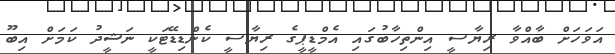
އަވަހަށް ބާއްވާ ރިޔާސީ އިންތިހާބުގައި އެމްޑީޕީގެ ރިޔާސީ ކެންޑިޑޭޓަކީ ނަޝީދު ކަމަށް އިބޫ